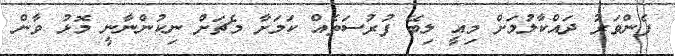
ފެންވަރު ދައްކާލުމަށް މިއީ ލިބޭ ފުރުސަތެއް ކަމަށާ މެޗަށް ނިކުންނާނީ މޮޅު ވާން